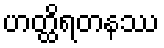
ဟတ္ထိရတနဿ